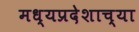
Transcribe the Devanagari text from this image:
मध्यप्रदेशाच्या